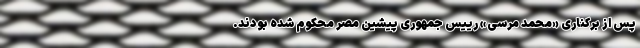
پس از برکناری «محمد مرسی» رییس جمهوری پیشین مصر محکوم شده بودند.